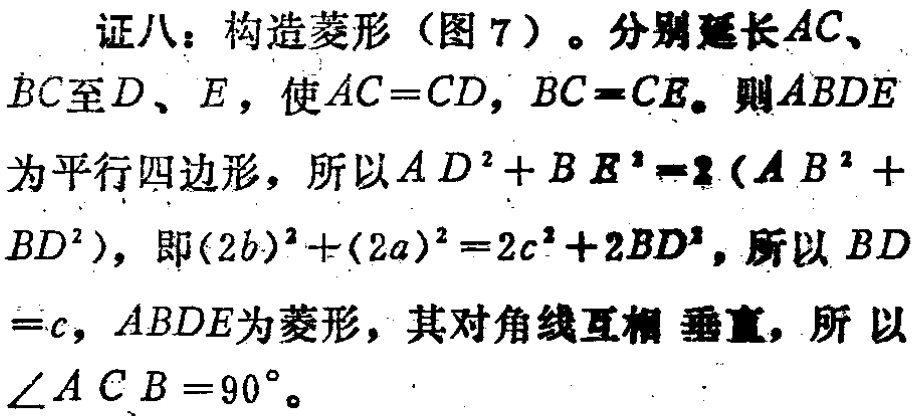
证八：构造菱形（图 7）。分别延长\(AC\)、\(BC\)至\(D\)、\(E\)，使\(AC = CD\)，\(BC = CE\)。则\(ABDE\)为平行四边形，所以\(AD^{2}+BE^{2}=2(AB^{2}+BD^{2})\)，即\((2b)^{2}+(2a)^{2}=2c^{2}+2BD^{2}\)，所以\(BD = c\)，\(ABDE\)为菱形，其对角线互相垂直，所以\(\angle ACB = 90^{\circ}\)。